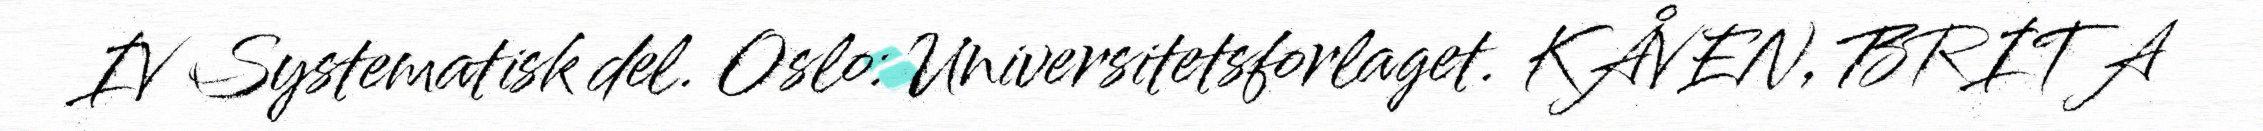
IV Systematisk del. Oslo: Universitetsforlaget. KÅVEN, BRITA